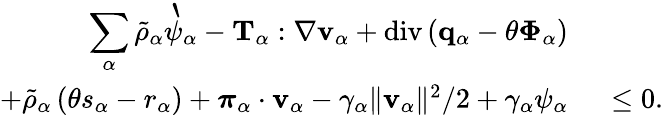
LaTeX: \begin{array}{rl}{\displaystyle\sum_{\alpha}\tilde{\rho}_{\alpha}\grave{\psi}_{\alpha}-\mathbf{T}_{\alpha}:\nabla\mathbf{v}_{\alpha}+\mathrm{div}\left(\mathbf{q}_{\alpha}-\theta\boldsymbol{\Phi}_{\alpha}\right)}&{{}}\\ {+\tilde{\rho}_{\alpha}\left(\theta s_{\alpha}-r_{\alpha}\right)+\boldsymbol{\pi}_{\alpha}\cdot\mathbf{v}_{\alpha}-\gamma_{\alpha}\| \mathbf{v}_{\alpha}\| ^{2}/2+\gamma_{\alpha}\psi_{\alpha}}&{{}~\leq 0.}\end{array}